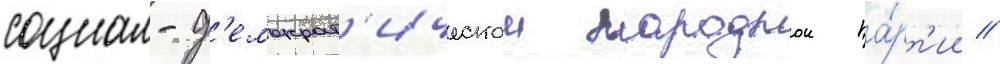
социал-д'емократ'ическои народнои па́рт'ии //